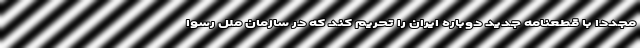
مجددا با قطعنامه جدید دوباره ایران را تحریم کند که در سازمان ملل رسوا